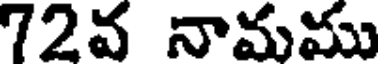
72వ నామము